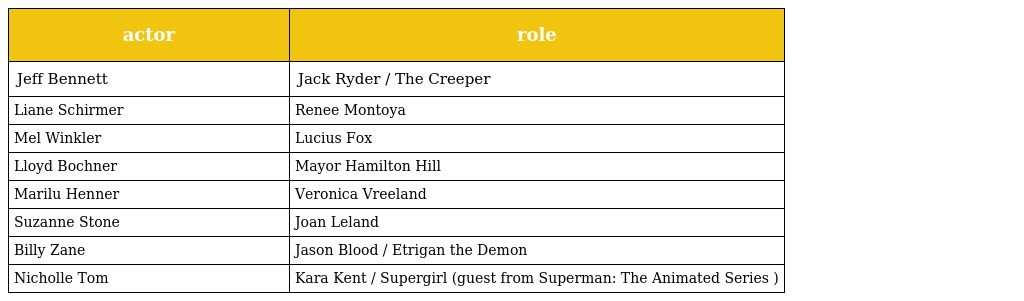
| actor | role |
 | --- | --- |
 | Jeff Bennett | Jack Ryder / The Creeper |
 | Liane Schirmer | Renee Montoya |
 | Mel Winkler | Lucius Fox |
 | Lloyd Bochner | Mayor Hamilton Hill |
 | Marilu Henner | Veronica Vreeland |
 | Suzanne Stone | Joan Leland |
 | Billy Zane | Jason Blood / Etrigan the Demon |
 | Nicholle Tom | Kara Kent / Supergirl (guest from Superman: The Animated Series ) |